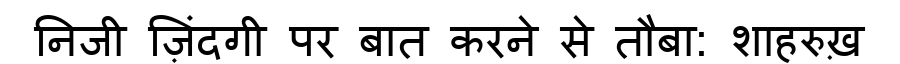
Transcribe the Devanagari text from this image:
निजी ज़िंदगी पर बात करने से तौबा: शाहरुख़